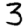
Digit: 3